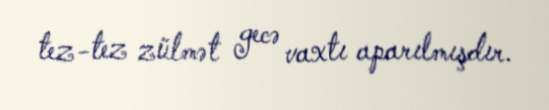
tez-tez zülmət gecə vaxtı aparılmışdır.